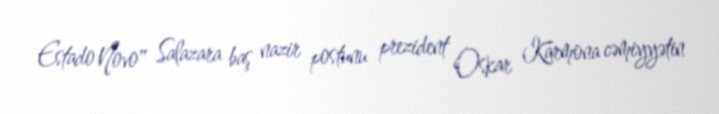
Estado Novo" Salazara baş nazir postunu prezident Oskar Karmona cəmiyyətin